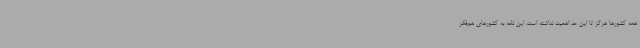
همه کشورها هرگز تا این حد اهمیت نداشته است. این نامه به کشورهای هم‌فکر